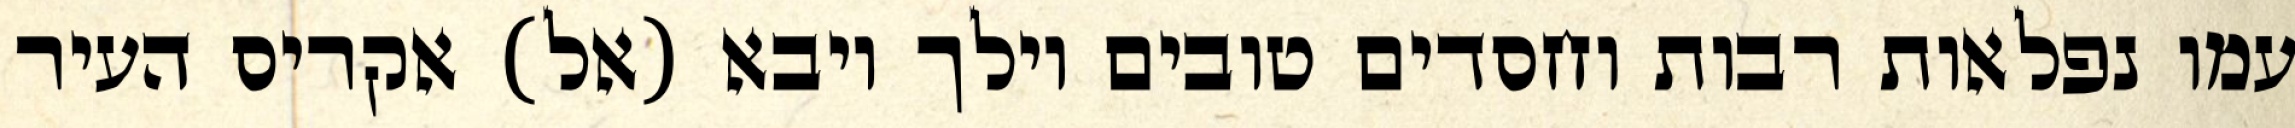
עמו נפלאות רבות וחסדים טובים וילך ויבא (אל) אקריס העיר